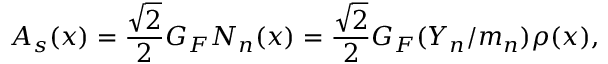
A _ { s } ( x ) = { \frac { \sqrt { 2 } } { 2 } } G _ { F } N _ { n } ( x ) = { \frac { \sqrt { 2 } } { 2 } } G _ { F } ( Y _ { n } / m _ { n } ) \rho ( x ) ,